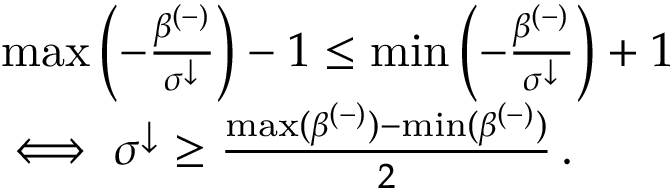
\begin{array} { r l } & { \operatorname* { m a x } \left( - \frac { \beta ^ { ( - ) } } { \sigma ^ { \downarrow } } \right) - 1 \leq \operatorname* { m i n } \left( - \frac { \beta ^ { ( - ) } } { \sigma ^ { \downarrow } } \right) + 1 } \\ & { \iff \sigma ^ { \downarrow } \geq \frac { \operatorname* { m a x } ( \beta ^ { ( - ) } ) - \operatorname* { m i n } ( \beta ^ { ( - ) } ) } { 2 } \, . } \end{array}